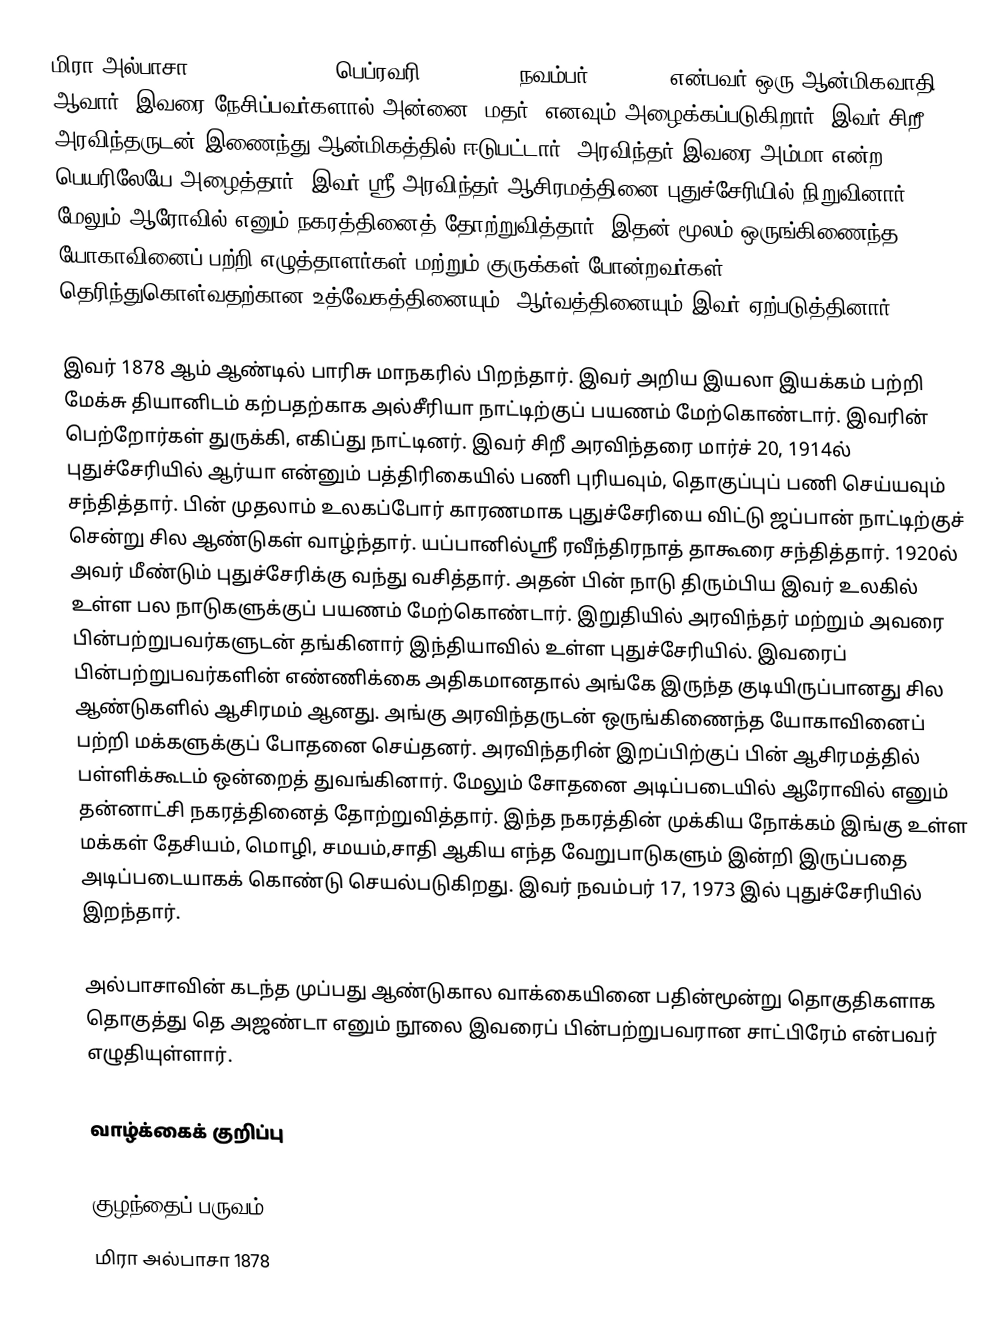
மிரா அல்பாசா (Mirra Alfassa) (பெப்ரவரி 21, 1878 – நவம்பர் 17  1973) என்பவர் ஒரு ஆன்மிகவாதி ஆவார். இவரை நேசிப்பவர்களால் அன்னை (மதர்) எனவும் அழைக்கப்படுகிறார். இவர் சிறீ அரவிந்தருடன் இணைந்து  ஆன்மிகத்தில் ஈடுபட்டார். அரவிந்தர் இவரை அம்மா என்ற பெயரிலேயே அழைத்தார். இவர் ஸ்ரீ அரவிந்தர் ஆசிரமத்தினை புதுச்சேரியில் நிறுவினார். மேலும்  ஆரோவில் எனும் நகரத்தினைத் தோற்றுவித்தார். இதன் மூலம் ஒருங்கிணைந்த யோகாவினைப் பற்றி எழுத்தாளர்கள் மற்றும் குருக்கள் போன்றவர்கள் தெரிந்துகொள்வதற்கான உத்வேகத்தினையும், ஆர்வத்தினையும் இவர் ஏற்படுத்தினார்..

இவர் 1878 ஆம் ஆண்டில் பாரிசு மாநகரில் பிறந்தார். இவர் அறிய இயலா இயக்கம் பற்றி மேக்சு தியானிடம் கற்பதற்காக அல்சீரியா நாட்டிற்குப் பயணம் மேற்கொண்டார். இவரின் பெற்றோர்கள் துருக்கி, எகிப்து நாட்டினர். இவர் சிறீ அரவிந்தரை மார்ச் 20, 1914ல் புதுச்சேரியில் ஆர்யா என்னும் பத்திரிகையில் பணி புரியவும், தொகுப்புப் பணி செய்யவும் சந்தித்தார். பின் முதலாம் உலகப்போர் காரணமாக  புதுச்சேரியை விட்டு ஜப்பான் நாட்டிற்குச் சென்று சில ஆண்டுகள் வாழ்ந்தார். யப்பானில்ஸ்ரீ ரவீந்திரநாத் தாகூரை சந்தித்தார். 1920ல் அவர் மீண்டும் புதுச்சேரிக்கு வந்து வசித்தார்.  அதன் பின் நாடு திரும்பிய இவர் உலகில் உள்ள பல நாடுகளுக்குப் பயணம் மேற்கொண்டார். இறுதியில்  அரவிந்தர் மற்றும் அவரை பின்பற்றுபவர்களுடன் தங்கினார் இந்தியாவில் உள்ள புதுச்சேரியில். இவரைப் பின்பற்றுபவர்களின் எண்ணிக்கை அதிகமானதால் அங்கே இருந்த  குடியிருப்பானது  சில ஆண்டுகளில் ஆசிரமம் ஆனது. அங்கு அரவிந்தருடன் ஒருங்கிணைந்த யோகாவினைப் பற்றி மக்களுக்குப் போதனை செய்தனர். அரவிந்தரின் இறப்பிற்குப் பின் ஆசிரமத்தில் பள்ளிக்கூடம் ஒன்றைத் துவங்கினார். மேலும் சோதனை அடிப்படையில் ஆரோவில் எனும் தன்னாட்சி நகரத்தினைத் தோற்றுவித்தார். இந்த நகரத்தின் முக்கிய நோக்கம் இங்கு உள்ள மக்கள் தேசியம், மொழி, சமயம்,சாதி ஆகிய எந்த வேறுபாடுகளும் இன்றி இருப்பதை அடிப்படையாகக் கொண்டு செயல்படுகிறது. இவர் நவம்பர் 17, 1973 இல் புதுச்சேரியில் இறந்தார்.

அல்பாசாவின் கடந்த முப்பது ஆண்டுகால வாக்கையினை பதின்மூன்று தொகுதிகளாக  தொகுத்து தெ அஜண்டா எனும் நூலை இவரைப் பின்பற்றுபவரான சாட்பிரேம் என்பவர் எழுதியுள்ளார்.

வாழ்க்கைக் குறிப்பு

குழந்தைப் பருவம்
மிரா அல்பாசா 1878